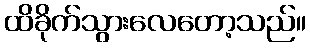
ထိခိုက်သွားလေတော့သည်။